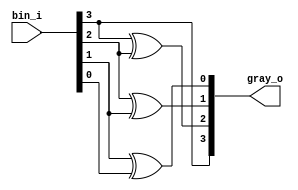

module day11 #(
  	parameter WIDTH =4)
  (
    input wire [WIDTH -1 :0] bin_i,
    output wire [WIDTH -1:0] gray_o
  );
  
  genvar i;
  for(i= WIDTH-2; i>=0; i=i-1)
    assign gray_o[i] = bin_i[i+1] ^ bin_i[i];
  
  assign gray_o[WIDTH-1] = bin_i[WIDTH-1];
  
endmodule